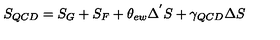
S _ { Q C D } = S _ { G } + S _ { F } + \theta _ { e w } \Delta ^ { ' } S + \gamma _ { Q C D } \Delta S